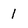
Character: 1